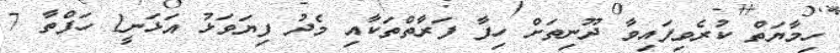
ހިމާޔަތް ކުރެވިފައިވާ ދޫނިތަށް ހިފާ ފަރާތްތަކާއި މެދު ފިޔަވަޅު އަޅަނީ1 ހަފްތާ 7